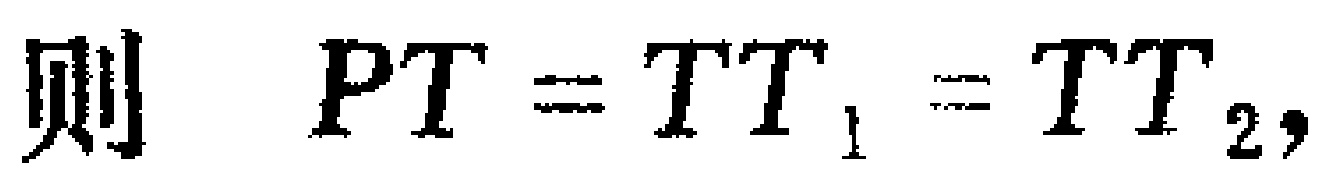
则 \(PT = TT_1 = TT_2\)，